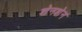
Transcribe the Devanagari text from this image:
शेनशेन